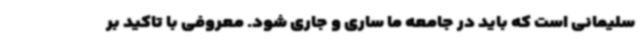
سلیمانی است که باید در جامعه ما ساری و جاری شود. معروفی با تاکید بر